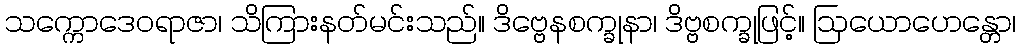
သက္ကောဒေဝရာဇာ၊ သိကြားနတ်မင်းသည်။ ဒိဗ္ဗေနစက္ခုနာ၊ ဒိဗ္ဗစက္ခုဖြင့်။ ဩယောဟေန္တော၊